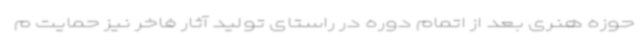
حوزه هنری بعد از اتمام دوره در راستای تولید آثار فاخر نیز حمایت م